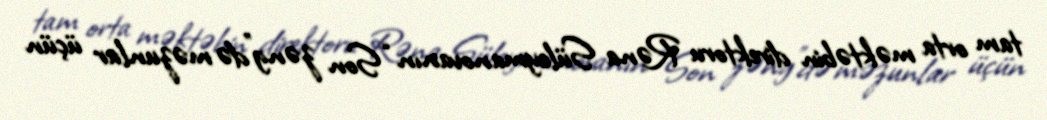
tam orta məktəbin direktoru Rəna Süleymanovanın “Son zəng”də məzunlar üçün